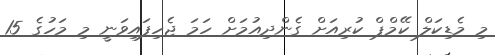
މި މެޑިކަލް ކޭމްޕް ކުރިއަށް ގެންދިއުމަށް ހަމަ ޖެހިފައިވަނީ މި މަހުގެ 15